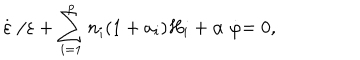
LaTeX: \stackrel { . } { \varepsilon } / \varepsilon + \sum _ { i = 1 } ^ { p } n _ { i } ( 1 + a _ { i } ) H _ { i } + \alpha \stackrel { . } { \varphi } = 0 ,